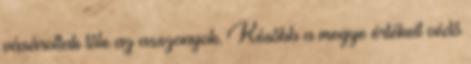
vásároltak tôle az asszonyok. Késôbb a megye értékeit védô